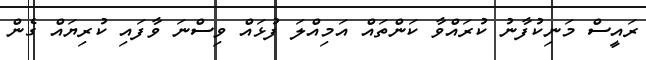
ރައީސް މަނިކުފާނު ކުރައްވާ ކަންތައް އަމިއްލަ ފުޅައް ވިސްނަ ވާފައި ކުރިޔައް ގެން